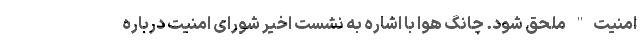
امنیت" ملحق شود. چانگ هوا با اشاره به نشست اخیر شورای امنیت درباره